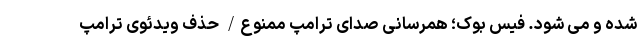
شده و می شود. فیس بوک؛ همرسانی صدای ترامپ ممنوع/ حذف ویدئوی ترامپ